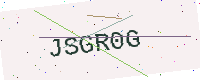
Text: JSGR0G